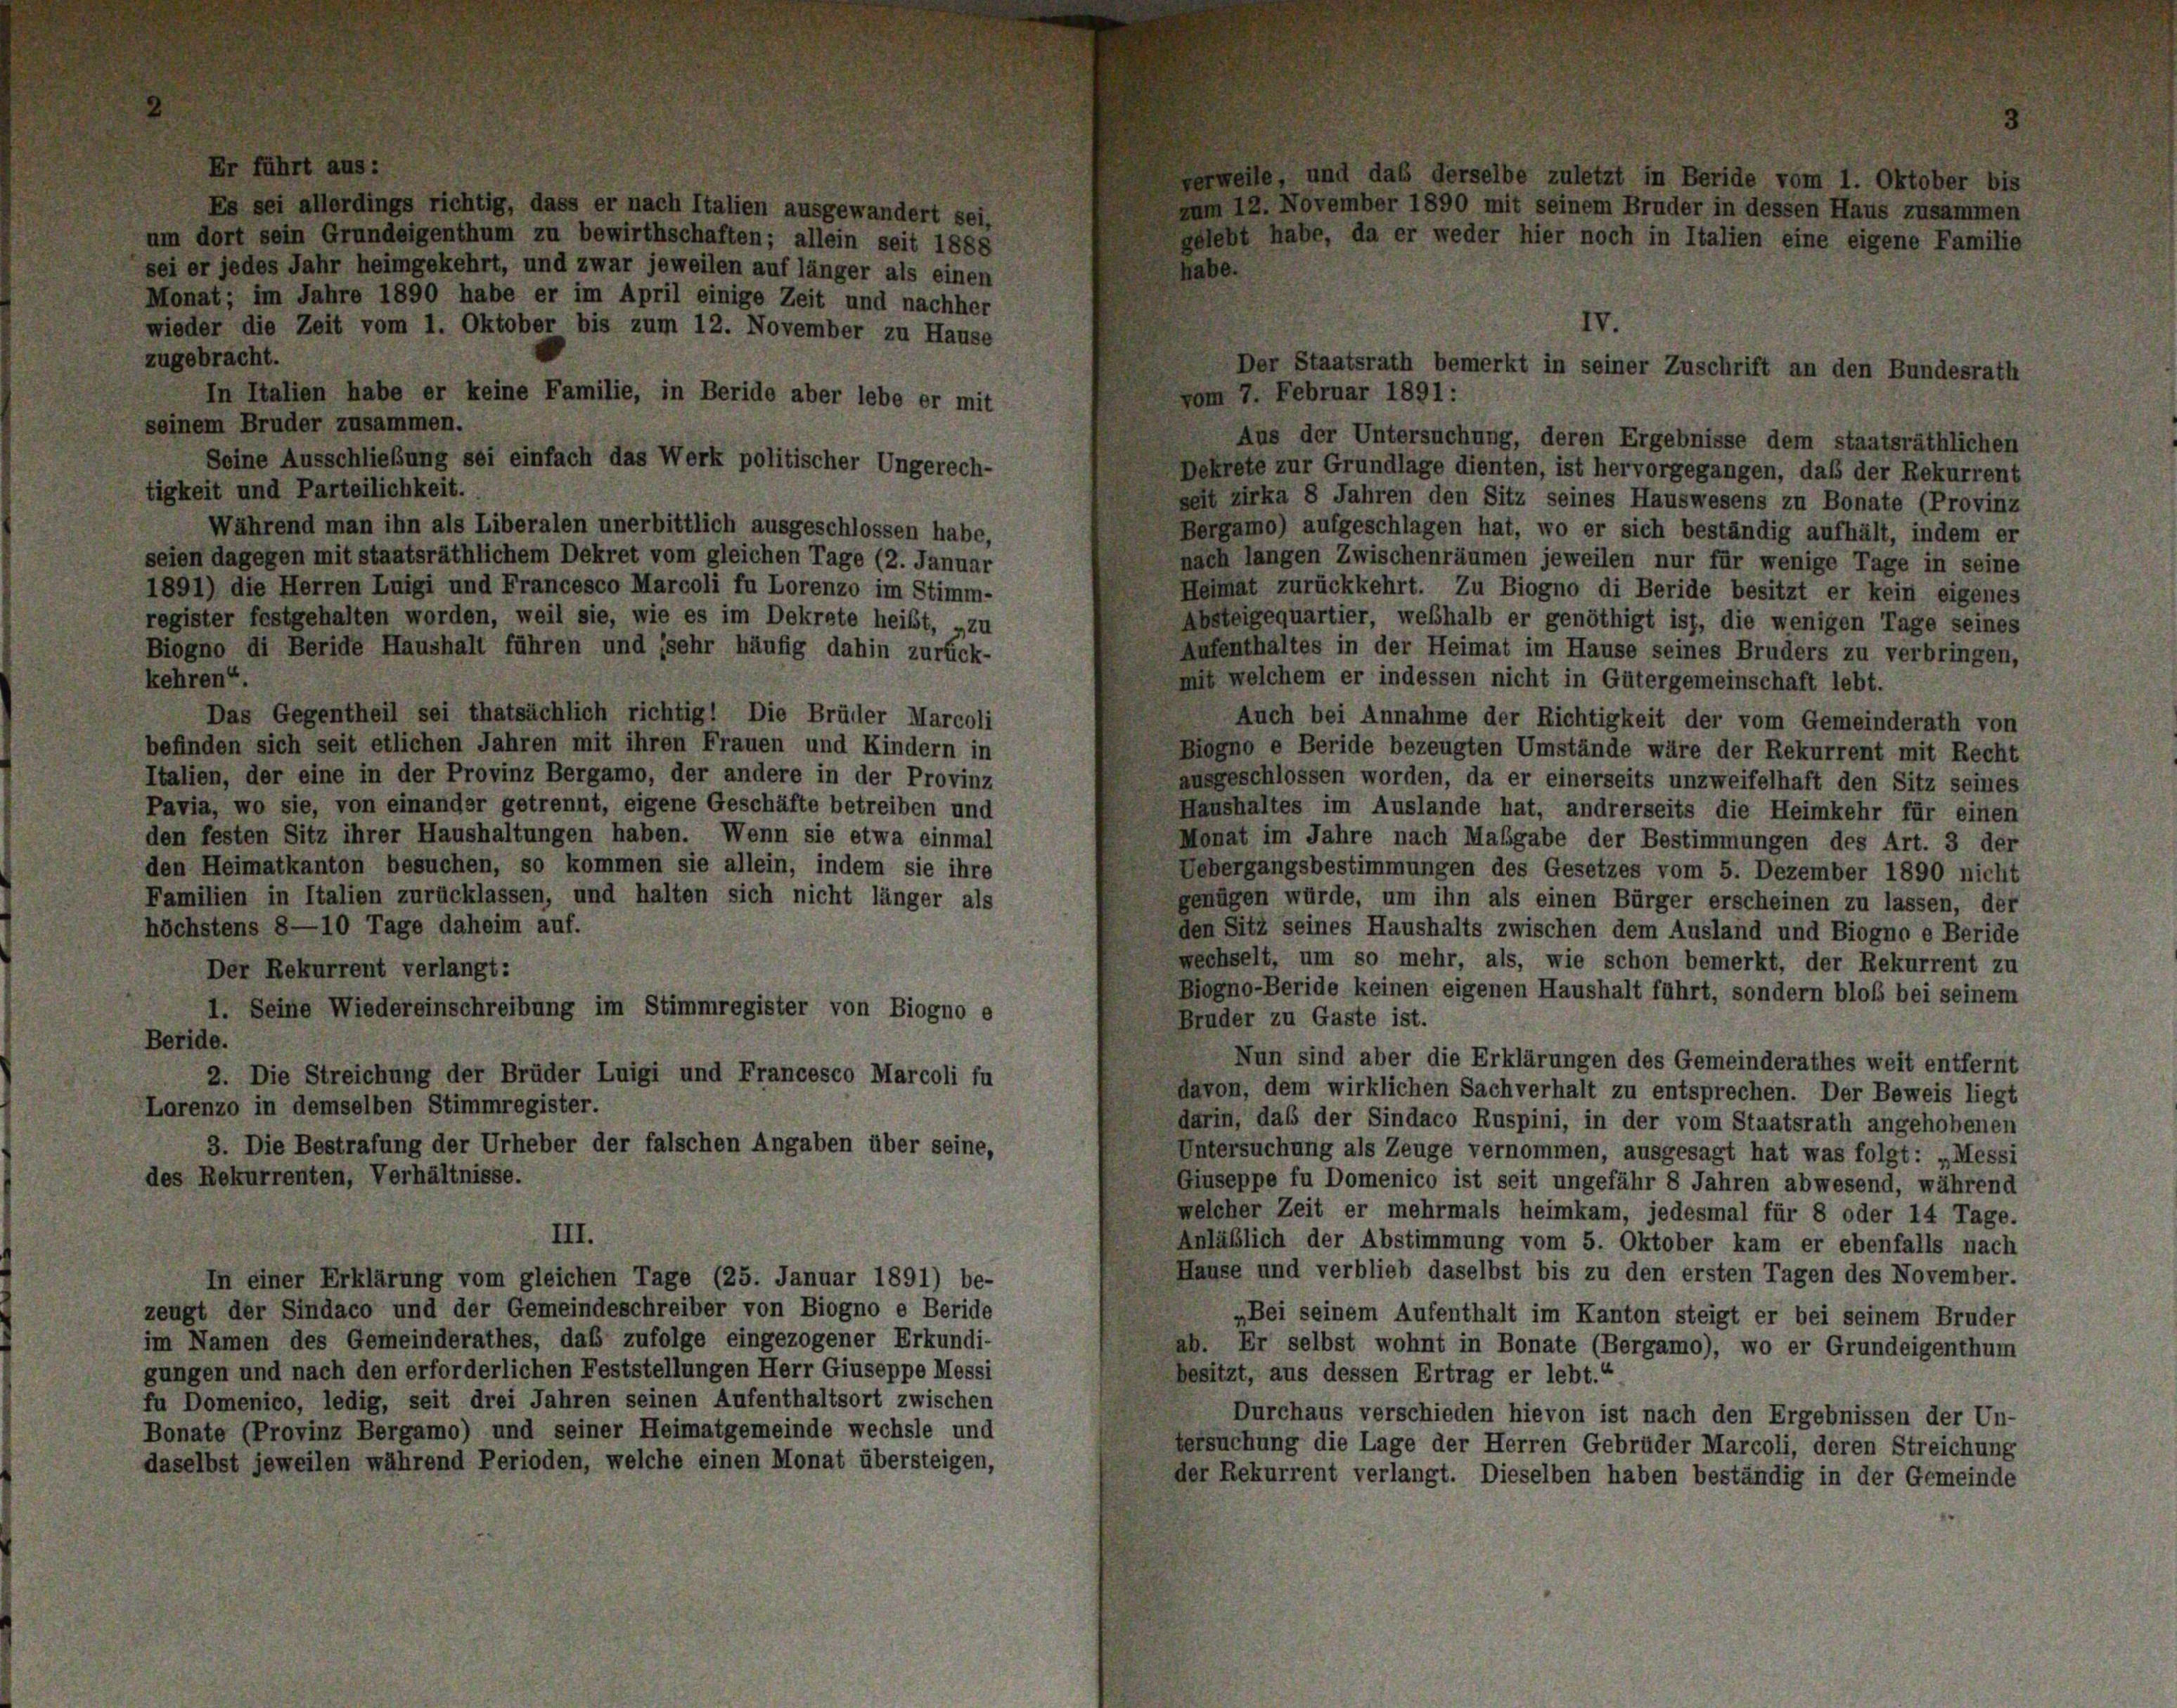
ri

habe.
zugebracht.
In Italien habe er keine Familie, in Beride aber lebe er mit
seinem Bruder zusammen.
Seine Ausschließung sei einfach das Werk politischer Ungerech-
Dekrete zur Grundlage dienten, ist hervorgegangen, daß der Rekurrent
tigkeit und Parteilichkeit.
seit zirka 8 Jahren den Sitz seines Hauswesens zu Bonate (Provinz
Während man ihn als Liberalen unerbittlich ausgeschlossen habe,
Bergamo) aufgeschlagen hat, wo er sich beständig aufhält, indem er
seien dagegen mit staatsräthlichem Dekret vom gleichen Tage (2. Januar
nach langen Zwischenräumen jeweilen nur für wenige Tage in seine
1891) die Herren Luigi und Francesco Marcoli fu Lorenzo im Stimm-
Heimat zurückkehrt. Zu Biogno di Beride besitzt er kein eigenes
register festgehalten worden, weil sie, wie es im Dekrete heißt, „zu
Absteigequartier, weßhalb er genöthigt ist, die wenigen Tage seines
Biogno di Beride Haushalt führen und (sehr häufig dahin zurück-
Aufenthaltes in der Heimat im Hause seines Bruders zu verbringen,
kehren“.
mit welchem er indessen nicht in Gütergemeinschaft lebt.
Das Gegentheil sei thatsächlich richtig! Die Brüder Marcoli
Auch bei Annahme der Richtigkeit der vom Gemeinderath von
befinden sich seit etlichen Jahren mit ihren Frauen und Kindern in
Biogno e Beride bezeugten Umstände wäre der Rekurrent mit Recht
Italien, der eine in der Provinz Bergamo, der andere in der Provinz
ausgeschlossen worden, da er einerseits unzweifelhaft den Sitz seines
Pavia, wo sie, von einander getrennt, eigene Geschäfte betreiben und
Haushaltes im Auslande hat, andrerseits die Heimkehr für einen
den festen Sitz ihrer Haushaltungen haben. Wenn sie etwa einmal
Monat im Jahre nach Maßgabe der Bestimmungen des Art. 3 der
den Heimatkanton besuchen, so kommen sie allein, indem sie ihre
Uebergangsbestimmungen des Gesetzes vom 5. Dezember 1890 nicht
Familien in Italien zurücklassen, und halten sich nicht länger als
genügen würde, um ihn als einen Bürger erscheinen zu lassen, der
höchstens 8—10 Tage daheim auf.
den Sitz seines Haushalts zwischen dem Ausland und Biogno e Beride
wechselt, um so mehr, als, wie schon bemerkt, der Rekurrent zu
Der Rekurrent verlangt:
Biogno-Beride keinen eigenen Haushalt führt, sondern bloß bei seinem
I. Seine Wiedereinschreibung im Stimmregister von Biogno e
Bruder zu Gaste ist.
Beride.
Nun sind aber die Erklärungen des Gemeinderathes weit entfernt
2. Die Streichung der Brüder Luigi und Francesco Marcoli fu
davon, dem wirklichen Sachverhalt zu entsprechen. Der Beweis liegt
Lorenzo in demselben Stimmregister.
darin, daß der Sindaco Ruspini, in der vom Staatsrath angehobenen
3. Die Bestrafung der Urheber der falschen Angaben über seine,
Untersuchung als Zeuge vernommen, ausgesagt hat was folgt: „Messi
des Rekurrenten, Verhältnisse.
Giuseppe fu Domenico ist seit ungefähr 8 Jahren abwesend, während
welcher Zeit er mehrmals heimkam, jedesmal für 8 oder 14 Tage.
III.
Anläßlich der Abstimmung vom 5. Oktober kam er ebenfalls nach
Hause und verblieb daselbst bis zu den ersten Tagen des November.
In einer Erklärung vom gleichen Tage (25. Januar 1891) be-
zeugt der Sindaco und der Gemeindeschreiber von Biogno e Beride
„Bei seinem Aufenthalt im Kanton steigt er bei seinem Bruder
im Namen des Gemeinderathes, daß zufolge eingezogener Erkundi-
ab. Er selbst wohnt in Bonate (Bergamo), wo er Grundeigenthum
gungen und nach den erforderlichen Feststellungen Herr Giuseppe Messi
besitzt, aus dessen Ertrag er lebt.“
fu Domenico, ledig, seit drei Jahren seinen Aufenthaltsort zwischen
Durchaus verschieden hievon ist nach den Ergebnissen der Un-
Bonate (Provinz Bergamo) und seiner Heimatgemeinde wechsle und
tersuchung die Lage der Herren Gebrüder Marcoli, deren Streichung
daselbst jeweilen während Perioden, welche einen Monat übersteigen,
der Rekurrent verlangt. Dieselben haben beständig in der Gemeinde

g, dass er nach Italien ausgewandert sei,
um dort sein Grundeigenthum zu bewirthschaften; allein seit 1888
sei er jedes Jahr heimgekehrt, und zwar jeweilen auf länger als einen
Monat; im Jahre 1890 habe er im April einige Zeit und nachher
wieder die Zeit vom 1. Oktober bis zum 12. November zu Hause

, und das derselbe zuletzt in Beride vom 1. Oktober
November 1890 mit seinem Bruder in dessen Haus zusam
gelebt habe, da er weder hier noch in Italien eine eigene Familie

IV.
Der Staatsrath bemerkt in seiner Zuschrift an den Bundesrath
vom 7. Februar 1891 :
Aus der Untersuchung, deren Ergebnisse dem staatsräthlichen